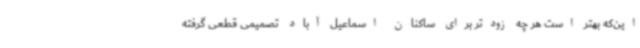
این‌که بهتر است هر چه زودتر برای ساکنان اسماعیل آباد تصمیمی قطعی گرفته